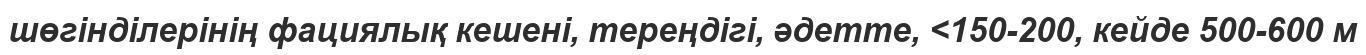
шөгінділерінің фациялық кешені, тереңдігі, әдетте, <150-200, кейде 500-600 м